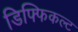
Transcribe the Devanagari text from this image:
डिफ्फिकल्ट